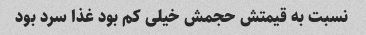
نسبت به قیمتش حجمش خیلی کم بود غذا سرد بود